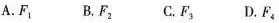
A.F_{1} B.F_{2} C.F_{3} D.F_{4}